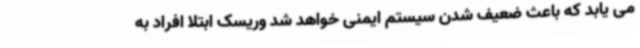
می یابد که باعث ضعیف شدن سیستم ایمنی خواهد شد وریسک ابتلا افراد به